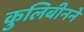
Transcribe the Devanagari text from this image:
कुलिबीनने